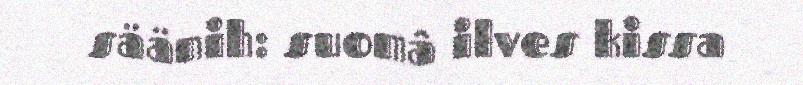
säänih: suomâ ilves kissa